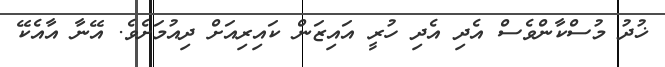
ޚުދު މުސްކާންވެސް އެދި އެދި ހުރީ އައިޒަން ކައިރިއަށް ދިއުމަށެވެ. އޭނާ އާއެކޭ